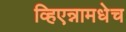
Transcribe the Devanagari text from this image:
व्हिएन्नामधेच